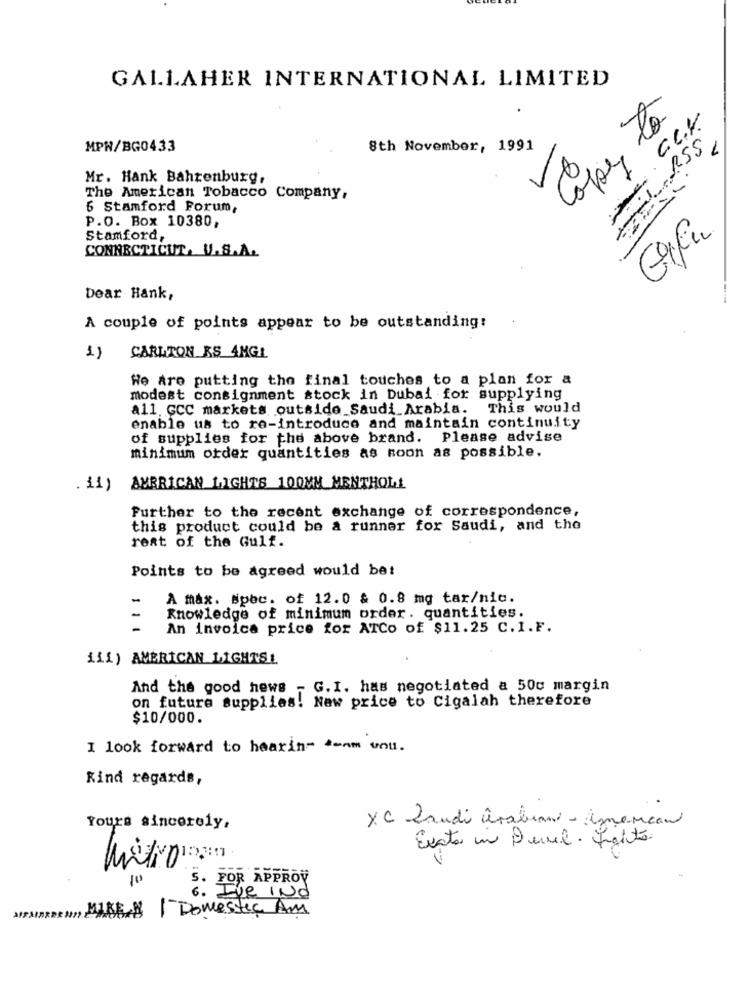
GALLAHER INTERNATIONAL LIMITED
.
Cape la
a.C.K.
MPW/BG0433
8th November, 1991
Mr. Hank Bahrenburg,
The American Tobacco Company,
6 Stamford Forum,
P.O. Box 10380,
Stamford,
CONNECTICUT. V.S.A.
Dear Hank,
A couple of points appear to be outstanding:
1)
CARLTON RS 4MGL
We Are putting the final touches to a plan for a
modest consignment stock in Dubai for supplying
all. GCC markets outside Saudi Arabia. This would
enable us to re-introduce and maintain continuity
of supplies for the above brand. Please advise
minimum order quantities as soon as possible.
. 11)
AMERICAN LIGHTS 100MM MENTHOL!
Further to the recent exchange of correspondence,
this product could be a runner for Saudi, and the
reat of the Gulf.
Points to be agreed would be:
-
A max. Spec. of 12.0 & 0.8 mg tar/nic.
Knowledge of minimum order. quantities.
An invoice price for ATCo of $11.25 C.I.F.
111) AMERICAN LIGHTS!
And the good news - G.I. has negotiated a 50c margin
on future supplies. New price to Cigalah therefore
$10/000.
I look forward to hearin- > -- m you.
Kind regards,
Yours sincerely,
XC Laudi arabiani - domenicani
Exata uno Devel . Ligito
5. POR APPROV
6. I've INd
W/Pann MISE| Domestic Am